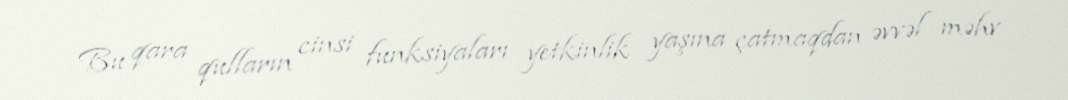
Bu qara qulların cinsi funksiyaları yetkinlik yaşına çatmaqdan əvvəl məhv